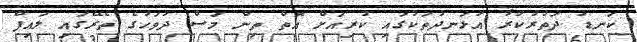
ކަނޑު ދަތުރުކުރާ އުޅަނދުތަކުގައި ކުރިއަށް އޮތް ތިން މަސް ދުވަހުގެ ތެރޭގައި ލައިފް